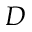
D